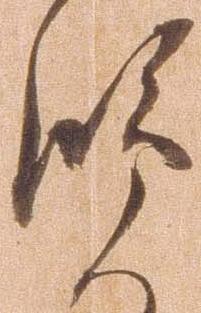
覧